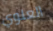
العلوي